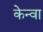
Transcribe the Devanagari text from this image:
केन्वा